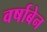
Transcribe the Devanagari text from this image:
वर्षाबेन